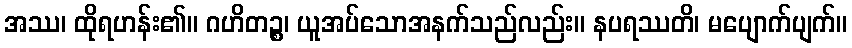
အဿ၊ ထိုရဟန်း၏။ ဂဟိတဉ္စ၊ ယူအပ်သောအနက်သည်လည်း။ နပရဿတိ၊ မပျောက်ပျက်။